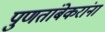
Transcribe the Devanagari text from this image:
पुणतांबेकरांना